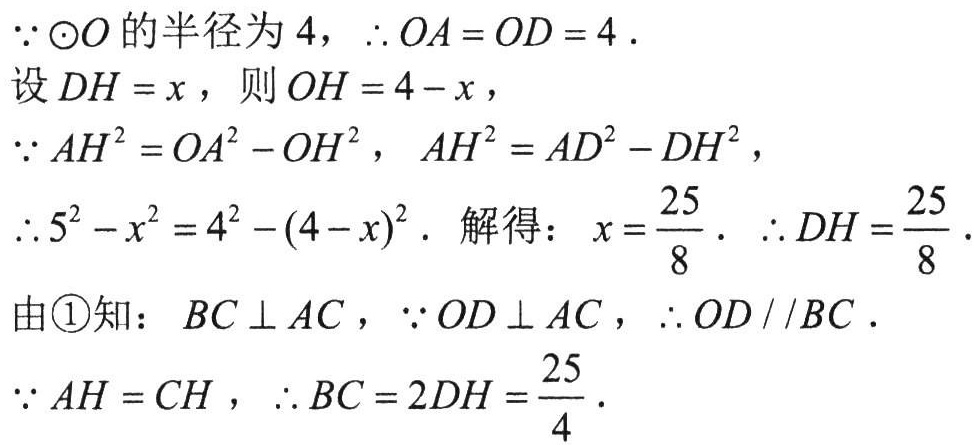
\(\because \odot O\)的半径为\(4\)，\(\therefore OA = OD = 4\).
设\(DH = x\)，则\(OH = 4 - x\)，
\(\because AH^{2} = OA^{2} - OH^{2}\)，\(AH^{2} = AD^{2} - DH^{2}\)，
\(\therefore 5^{2} - x^{2} = 4^{2} - (4 - x)^{2}\). 解得：\(x = \dfrac{25}{8}\). \(\therefore DH = \dfrac{25}{8}\).
由\textcircled{1}知：\(BC \perp AC\)，\(\because OD \perp AC\)，\(\therefore OD \parallel BC\).
\(\because AH = CH\)，\(\therefore BC = 2DH = \dfrac{25}{4}\).